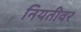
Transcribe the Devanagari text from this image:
नियतीवर